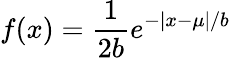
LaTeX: f(x)={\frac{1}{2b}}e^{-|x-\mu|/b}